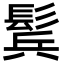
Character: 鬂